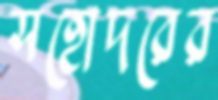
সহোদরের